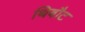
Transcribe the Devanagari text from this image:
थिबौट